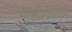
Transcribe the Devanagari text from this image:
मल्टीप्रोटीन